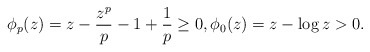
\begin{align*}\phi_p(z)=z-\frac{z^p}{p}-1+\frac{1}{p}\ge 0, \phi_0(z)=z-\log z >0.\end{align*}